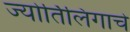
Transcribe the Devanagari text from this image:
ज्‍योर्तिलिंगाचे